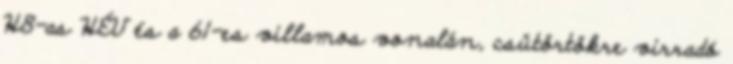
H8-as HÉV és a 61-es villamos vonalán, csütörtökre virradó